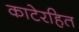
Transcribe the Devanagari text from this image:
काटेरहित